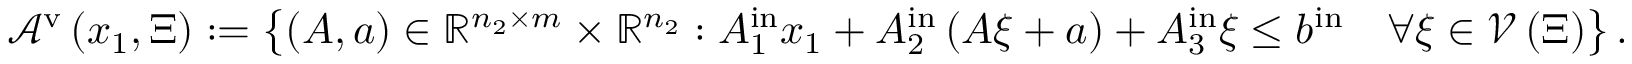
\begin{array} { r l } & { { \mathcal A } ^ { \mathrm { v } } \left( { x } _ { 1 } , \Xi \right) : = \left\{ \left( A , { a } \right) \in { \mathbb R } ^ { n _ { 2 } \times m } \times { \mathbb R } ^ { n _ { 2 } } : A _ { 1 } ^ { \mathrm { i n } } { x } _ { 1 } + A _ { 2 } ^ { \mathrm { i n } } \left( A { \xi } + { a } \right) + A _ { 3 } ^ { \mathrm { i n } } { \xi } \leq { b } ^ { \mathrm { i n } } \quad \forall { \xi } \in { \mathcal V } \left( \Xi \right) \right\} . } \end{array}